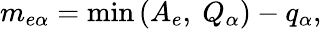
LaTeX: m_{e\alpha}=\operatorname*{min}\left(A_{e},\ Q_{\alpha}\right)-q_{\alpha},